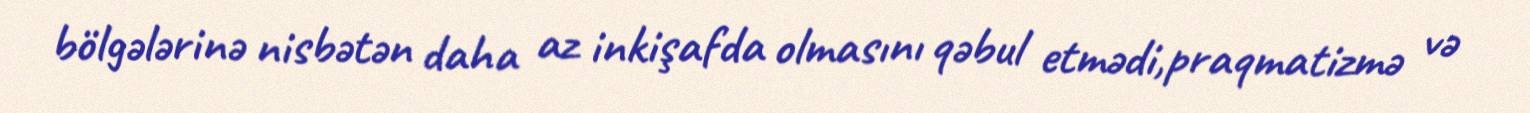
bölgələrinə nisbətən daha az inkişafda olmasını qəbul etmədi,praqmatizmə və